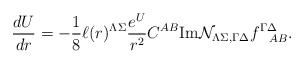
\begin{align*}{dU\over dr}=-{1\over 8} \ell(r)^{\Lambda\Sigma}{e^U\over r^2}C^{AB}{\rm Im}{\cal N }_{\Lambda \Sigma,\Gamma\Delta} f^{\Gamma\Delta}_{~~AB}.\end{align*}